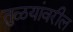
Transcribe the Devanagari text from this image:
तुळयांवरील